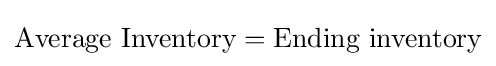
{\text{Average Inventory}}={\text{Ending inventory}}